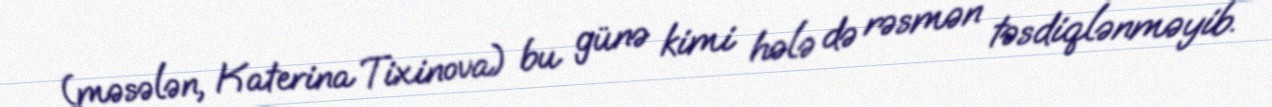
(məsələn, Katerina Tixinova) bu günə kimi hələ də rəsmən təsdiqlənməyib.